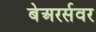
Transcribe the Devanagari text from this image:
बेअरर्सवर